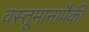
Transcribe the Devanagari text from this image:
वस्तूमानापैकी